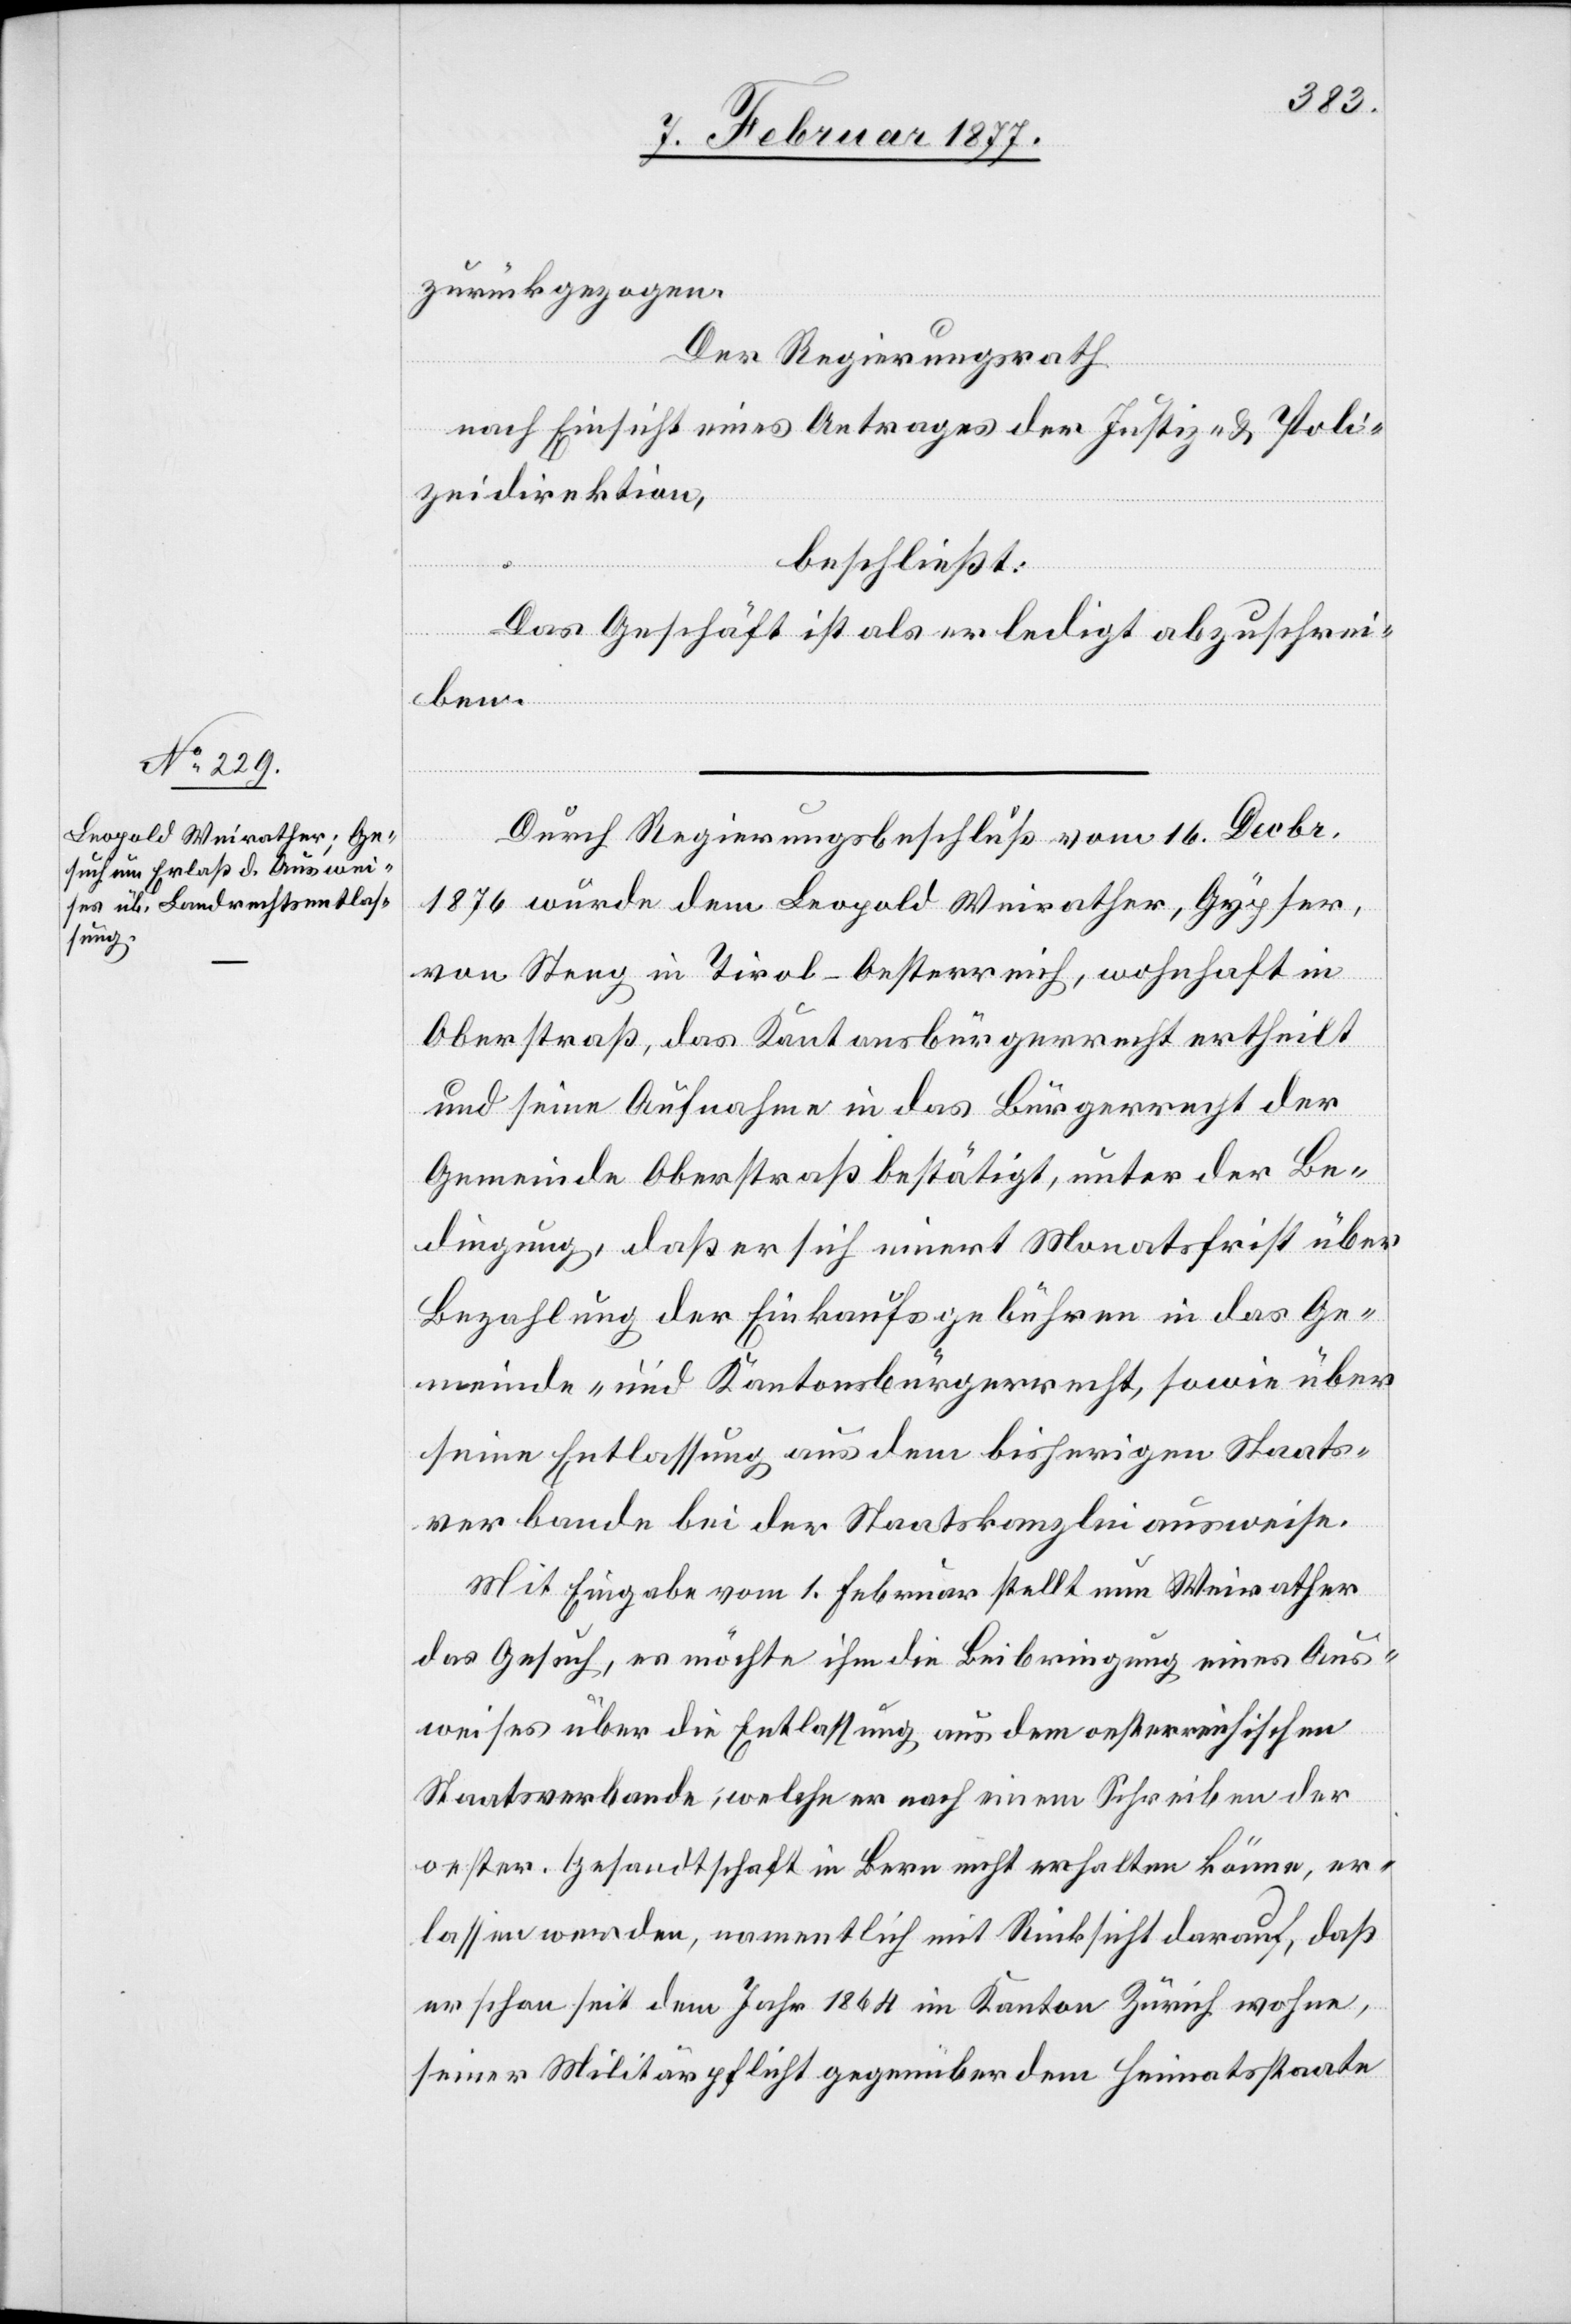
zurückgezogen.
Der Regierungsrath,
nach Einsicht eines Antrages der Justiz- & Poli¬
zeidirektion,
beschließt:
Das Geschäft ist als erledigt abzuschrei¬
ben.
Durch Regierungsbeschluß vom 16. Decbr.
1876 wurde dem Leopold Weirather, Gypser,
von Steeg in Tirol - Oesterreich, wohnhaft in
Oberstraß, das Kantonsbürgerrecht ertheilt
und seine Aufnahme in das Bürgerrecht der
Gemeinde Oberstraß bestätigt, unter der Be¬
dingung, daß er sich innert Monatsfrist über
Bezahlung der Einkaufsgebühren in das Ge¬
meinde- und Kantonsbürgerrecht, sowie über
seine Entlassung aus dem bisherigen Staats¬
verbande bei der Staatskanzlei ausweise.
Mit Eingabe vom 1. Februar stellt nun Weirather
das Gesuch, es möchte ihm die Beibringung eines Aus¬
weises über die Entlassung aus dem oesterreichischen
Staatsverbande, welche er nach einem Schreiben der
oester. Gesandtschaft in Bern nicht erhalten könne, er¬
lassen werden, namentlich mit Rücksicht darauf, daß
er schon seit dem Jahr 1864 im Kanton Zürich wohne,
seiner Militärpflicht gegenüber dem Heimatsstaate